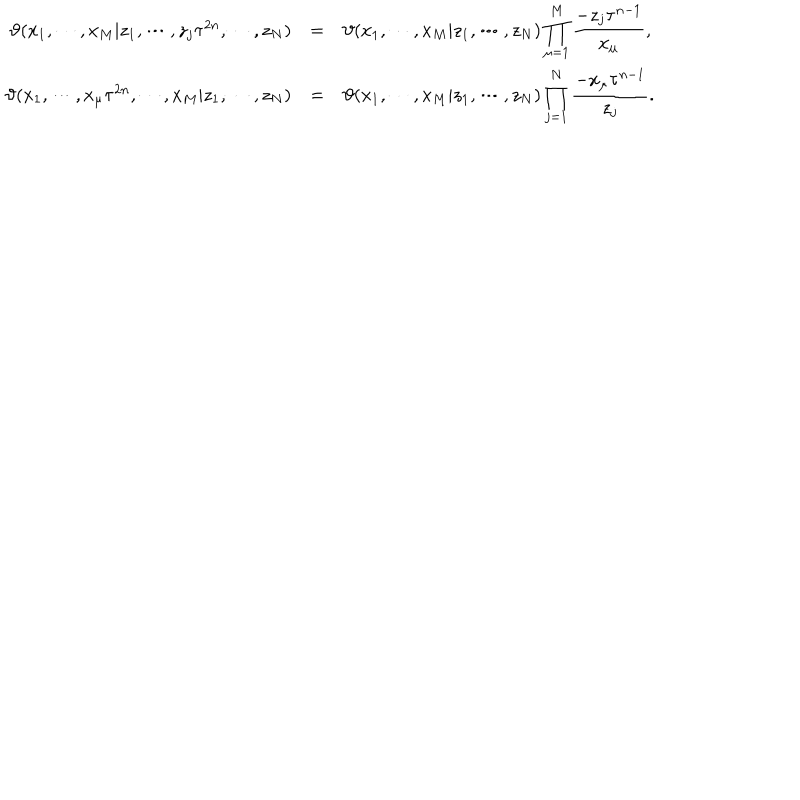
\begin{array} { r c l } { { \vartheta ( x _ { 1 } , \cdots , x _ { M } | z _ { 1 } , \cdots , z _ { j } \tau ^ { 2 n } , \cdots , z _ { N } ) } } & { { = } } & { { \vartheta ( x _ { 1 } , \cdots , x _ { M } | z _ { 1 } , \cdots , z _ { N } ) \displaystyle \prod _ { \mu = 1 } ^ { M } \frac { - z _ { j } \tau ^ { n - 1 } } { x _ { \mu } } , } } \\ { { \vartheta ( x _ { 1 } , \cdots , x _ { \mu } \tau ^ { 2 n } , \cdots , x _ { M } | z _ { 1 } , \cdots , z _ { N } ) } } & { { = } } & { { \vartheta ( x _ { 1 } , \cdots , x _ { M } | z _ { 1 } , \cdots , z _ { N } ) \displaystyle \prod _ { j = 1 } ^ { N } \frac { - x _ { \mu } \tau ^ { n - 1 } } { z _ { j } } . } } \\ \end{array}